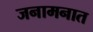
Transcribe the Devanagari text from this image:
जनामनात